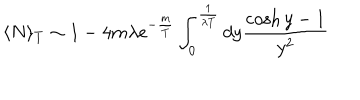
\langle N \rangle _ { T } \sim 1 - 4 m \lambda e ^ { - \frac { m } { T } } \int _ { 0 } ^ { \frac { 1 } { \lambda T } } d y \frac { \cosh y - 1 } { y ^ { 2 } }